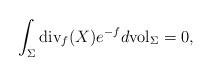
LaTeX: \begin{align*}\int_\Sigma \mathrm{div}_f(X)e^{-f}d\mathrm{vol}_\Sigma=0,\end{align*}